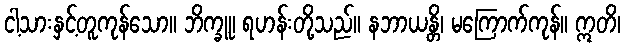
ငါ့သားနှင့်တူကုန်သော။ ဘိက္ခူ၊ ရဟန်းတို့သည်။ နဘာယန္တိ၊ မကြောက်ကုန်။ ဣတိ၊